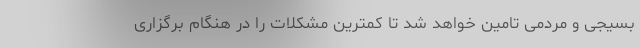
بسیجی و مردمی تامین خواهد شد تا کمترین مشکلات را در هنگام برگزاری